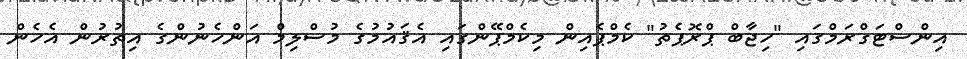
އިންސްޓަގްރަމްގައި "ހިޖާބް ޕްރޮޕެތު" ކެމްޕެއިން މިކެމްޕޭންގައި އެޤައުމުގެ މުސްލިމް އަންހެނުންގެ އިތުރުން އެހެން